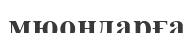
мюондарға